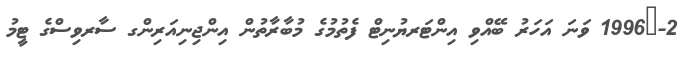
2-	1996 ވަނަ އަހަރު ބޭއްވި އިންޓަރޔުނިޓް ފެތުމުގެ މުބާރާތުން އިންޖިނިއަރިންގ ސާރވިސްގެ ޓީމު